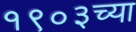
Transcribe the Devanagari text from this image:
१९०३च्या